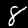
Label: 8